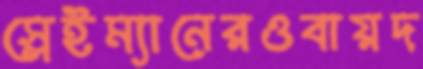
স্লেইম্যানেরওবায়দ